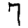
Digit: 7